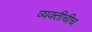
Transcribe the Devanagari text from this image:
व्यक्तीचीच